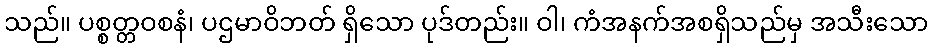
သည်။ ပစ္စတ္တဝစနံ၊ ပဌမာဝိဘတ် ရှိသော ပုဒ်တည်း။ ဝါ၊ ကံအနက်အစရှိသည်မှ အသီးသော